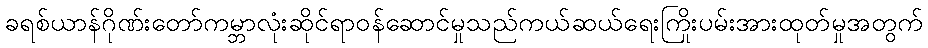
ခရစ်ယာန်ဂိုဏ်းတော်ကမ္ဘာလုံးဆိုင်ရာဝန်ဆောင်မှုသည်ကယ်ဆယ်ရေးကြိုးပမ်းအားထုတ်မှုအတွက်